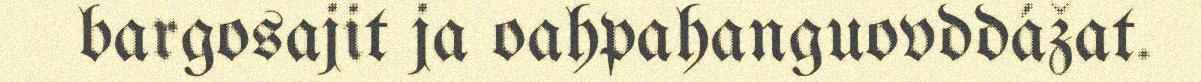
bargosajit ja oahpahanguovddážat.